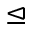
\trianglelefteq